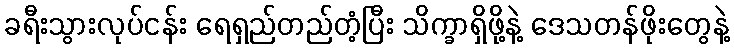
ခရီးသွားလုပ်ငန်း ရေရှည်တည်တံ့ပြီး သိက္ခာရှိဖို့နဲ့ ဒေသတန်ဖိုးတွေနဲ့